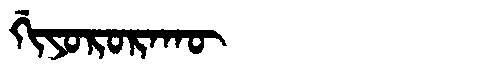
Manchu: ᡤᡳᠶᠣᡵᠣᡵᠠᡴᡡ
Romanization: GIYORORAKŪ